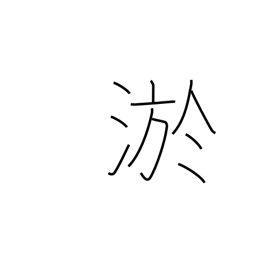
Meaning: silt